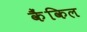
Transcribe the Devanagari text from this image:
कैंकिल